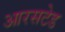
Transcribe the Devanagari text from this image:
आरसटेड